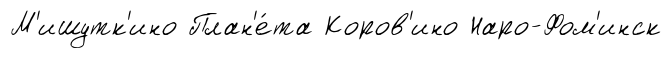
М'ишутк'ино План'е́та Коров'ино Наро-Фом'инск